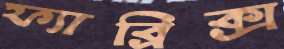
ফ্যাব্রিক্স